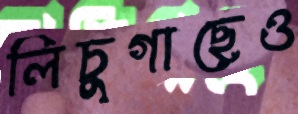
লিচুগাছেও